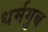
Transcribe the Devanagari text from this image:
धर्मगुब